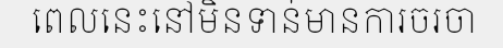
ពេលនេះនៅមិនទាន់មានការចរចា